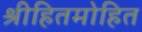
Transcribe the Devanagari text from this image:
श्रीहितमोहित